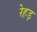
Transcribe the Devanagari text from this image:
रेहड़